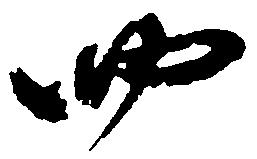
四